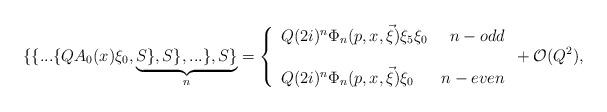
LaTeX: \begin{align*}\{\{...\{QA_{0}(x)\xi _{0},\underbrace{S\},S\},...\},S\}}_{n}=\left\{\begin{array}{lr}Q(2i)^{n}\Phi _{n}(p,x,\vec{\xi})\xi _{5}\xi _{0} & n-odd \\& \\Q(2i)^{n}\Phi _{n}(p,x,\vec{\xi})\xi _{0} & n-even\end{array}\right. +{\cal O}(Q^{2}), \end{align*}